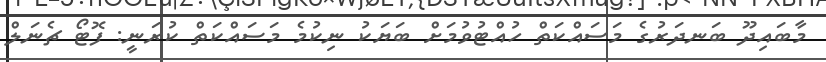
މާބައިދޫ ބަނދަރުގެ މަސައްކަތް ހުއްޓުވުމަށް ބަޔަކު ނިކުމެ މަސައްކަތް ކުރަނީ: ފޮޓޯ ޗެނަލް